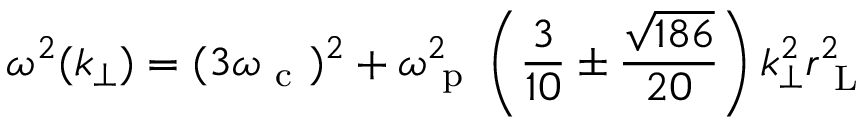
\omega ^ { 2 } ( k _ { \perp } ) = ( 3 \omega _ { \mathrm { ~ c ~ } } ) ^ { 2 } + \omega _ { \mathrm { ~ p ~ } } ^ { 2 } \left( \frac { 3 } { 1 0 } \pm \frac { \sqrt { 1 8 6 } } { 2 0 } \right) k _ { \perp } ^ { 2 } r _ { \mathrm { ~ L ~ } } ^ { 2 }